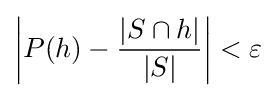
\left|P(h)-{\frac {|S\cap h|}{|S|}}\right|<\varepsilon